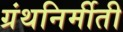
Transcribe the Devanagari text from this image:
ग्रंथनिर्मीती